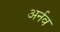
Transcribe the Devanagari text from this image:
अर्नव